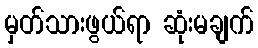
မှတ်သားဖွယ်ရာ ဆုံးမချက်